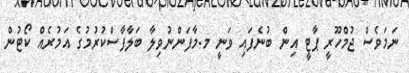
ނަމަވެސް ޖުމްހޫރީ ޕާޓީ އިން ބުނެފައި ވަނީ މ.މާފަންނުވިލާ ބަލާފާސްކުރުމުގެ އަމުރެއް ކޯޓުން